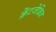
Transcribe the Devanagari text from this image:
क्रेंटजेब्रिज